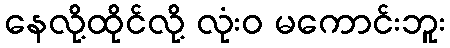
နေလို့ထိုင်လို့ လုံးဝ မကောင်းဘူး